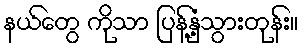
နယ်တွေ ကိုသာ ပြန့်နှံ့သွားတုန်း။